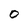
Character: 0